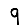
Digit: 9